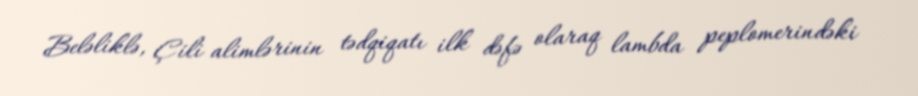
Beləliklə, Çili alimlərinin tədqiqatı ilk dəfə olaraq lambda peplomerindəki